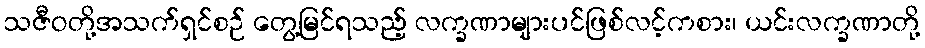
သဇီဝတို့အသက်ရှင်စဉ် တွေ့မြင်ရသည့် လက္ခဏာများပင်ဖြစ်လင့်ကစား၊ ယင်းလက္ခဏာတို့